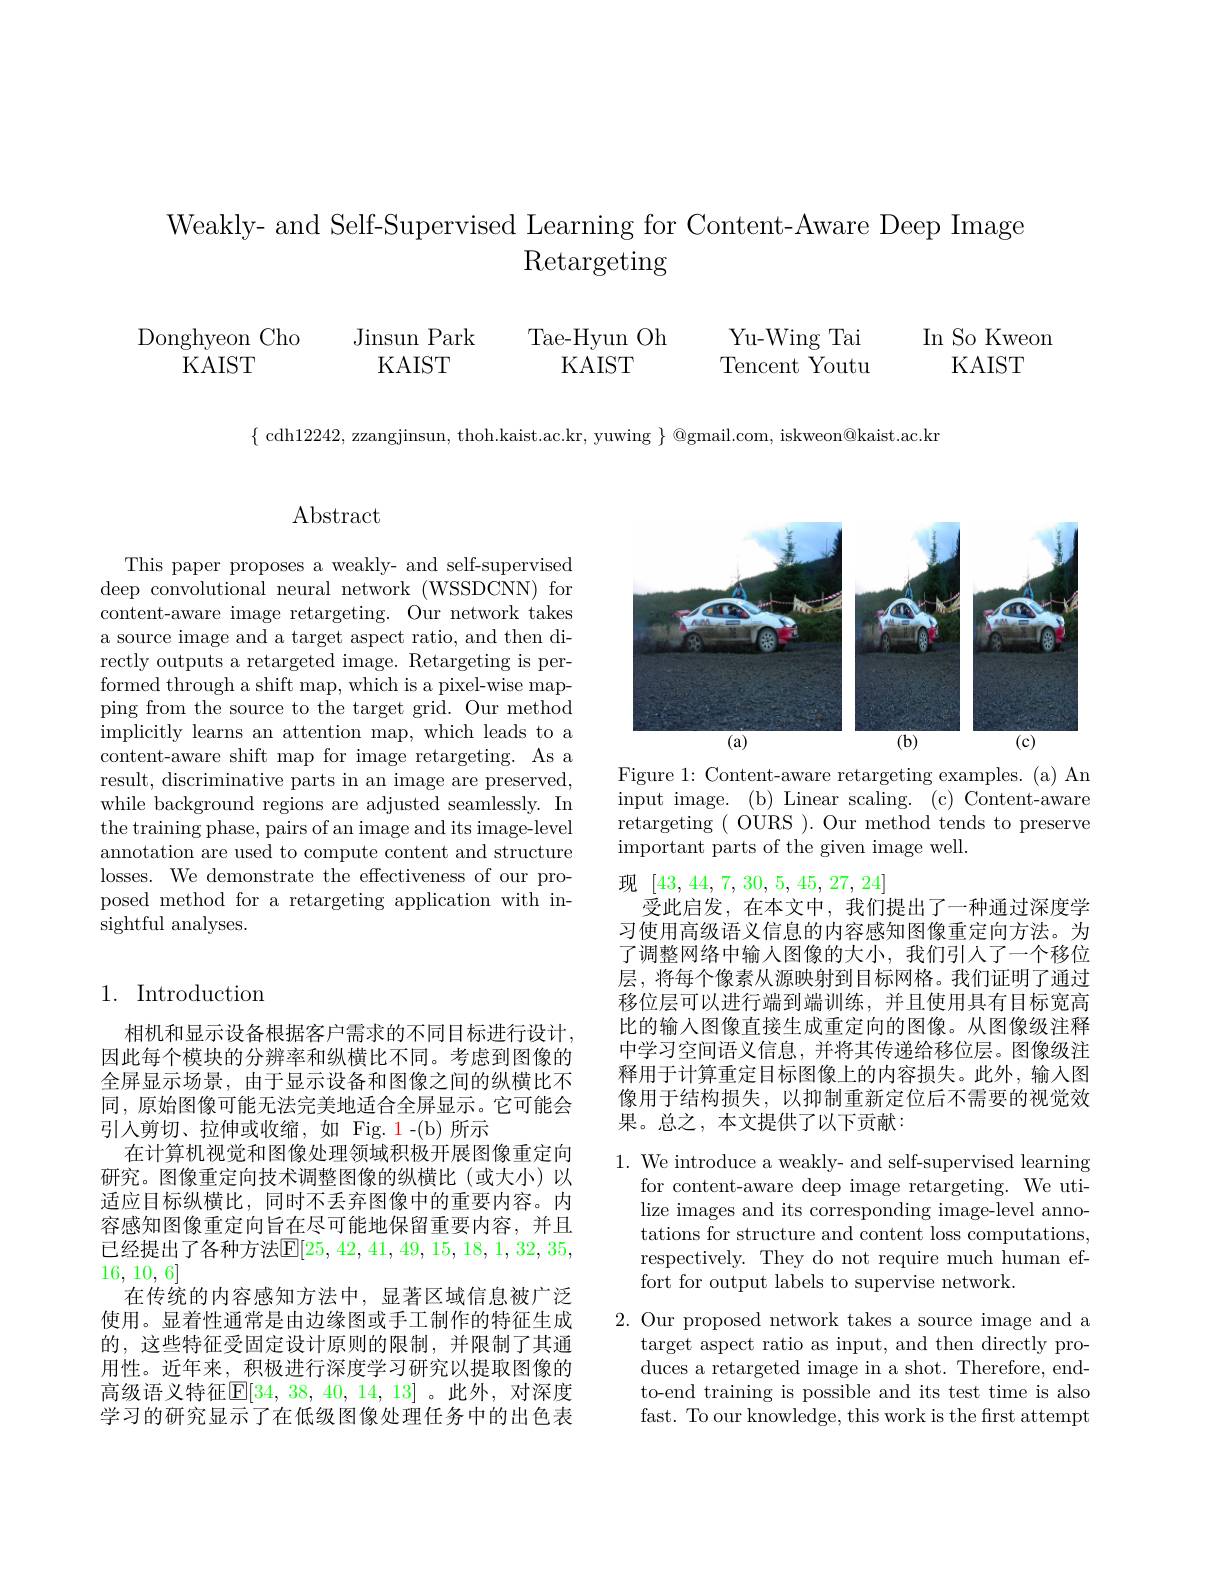
Weakly- and Self-Supervised Learning for Content-Aware Deep Image
# $\operatorname{Retargeting}$

$\begin{array}{cc}\text{Donghyeon Cho}&&\text{Jinsun Park}&&\text{Tae-Hyun Oh}\\\text{KAIST}&&\text{KAIST}&&\text{KAIST}\end{array}$

Yu-Wing Tai Tencent Youtu

In So Kweon
KAIST

$\{$ cdh12242, zzangjinsun, thoh.kaist.ac.kr, yuwing $\}$ @gmail.com, iskweon@kaist.ac.kr

## Abstract

This paper proposes a weakly- and self-supervised deep convolutional neural network (WSSDCNN) for content-aware image retargeting. Our network takes a source image and a target aspect ratio, and then directly outputs a retargeted image. Retargeting is performed through a shift map, which is a pixel-wise mapping from the source to the target grid. Our method implicitly learns an attention map, which leads to a content-aware shift map for image retargeting. As a result, discriminative parts in an image are preserved, while background regions are adjusted seamlessly. In the training phase, pairs of an image and its image-level annotation are used to compute content and structure losses. We demonstrate the effectiveness of our proposed method for a retargeting application with insightful analyses.

## 1. Introduction

相机和显示设备根据客户需求的不同目标进行设计， 因此每个模块的分辨率和纵横比不同。考虑到图像的全屏显示场景，由于显示设备和图像之间的纵横比不同，原始图像可能无法完美地适合全屏显示。它可能会引入剪切、拉伸或收缩，如 Fig. 1-(b)所示
在计算机视觉和图像处理领域积极开展图像重定向研究。图像重定向技术调整图像的纵横比(或大小)以适应目标纵横比，同时不丢弃图像中的重要内容。内容感知图像重定向旨在尽可能地保留重要内容，并且已经提出了各种方法$\mathbb{E}[25,42,41,49,15,18,1,32,35$, 16, 10, 6]
在传统的内容感知方法中，显著区域信息被广泛使用。显着性通常是由边缘图或手工制作的特征生成的，这些特征受固定设计原则的限制，并限制了其通用性。近年来，积极进行深度学习研究以提取图像的高级语义特征$\mathbb{E}[34,38,40,14,13]$。此外，对深度学习的研究显示了在低级图像处理任务中的出色表

<FigureHere>

Figure 1: Content-aware retargeting examples. (a) An input image. (b) Linear scaling. (c) Content-aware retargeting ( OURS ). Our method tends to preserve important parts of the given image well.

现[43,44,7,30,5,45,27,24]
受此启发，在本文中，我们提出了一种通过深度学习使用高级语义信息的内容感知图像重定向方法。为了调整网络中输入图像的大小，我们引人了一个移位层，将每个像素从源映射到目标网格。我们证明了通过移位层可以进行端到端训练，并且使用具有目标宽高比的输入图像直接生成重定向的图像。从图像级注释中学习空间语义信息，并将其传递给移位层。图像级注释用于计算重定目标图像上的内容损失。此外，输入图像用于结构损失，以抑制重新定位后不需要的视觉效果。总之，本文提供了以下贡献：

1. We introduce a weakly- and self- supervised learning
for content-aware deep image retargeting. We utilize images and its corresponding image-level annotations for structure and content loss computations respectively. They do not require much human effort for output labels to supervise network.

2. Our proposed network takes a source image and a
target aspect ratio as input, and then directly produces a retargeted image in a shot. Therefore, endto-end training is possible and its test time is also fast. To our knowledge, this work is the frst attempt